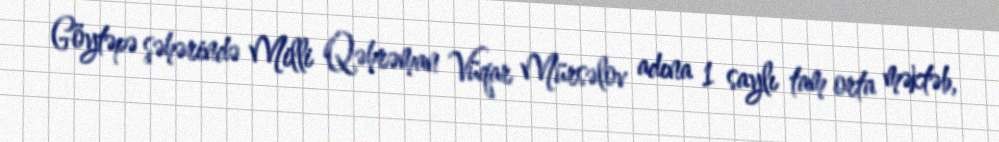
Göytəpə şəhərində Milli Qəhrəman Vüqar Mürsəlov adına 1 saylı tam orta məktəb,